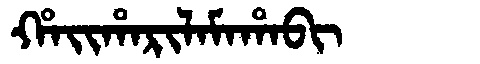
Manchu: ᡥᠠᡳᡥᠠᡵᡳᠯᠠᠮᠠᡥᠠᠪᡳ
Romanization: HAIHARILAMAHABI